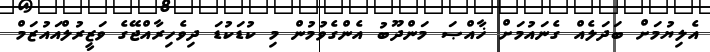
އެލިޔުމަށް ބަދަލެއް ގެނައުމަށް ޚާއްޞަ މަންދޫބު އެންގެވުމުން މި ކުޑަކުޑަ ދިވެހިރާއްޖޭގެ ވަޒީރުލްއައުޒަމް